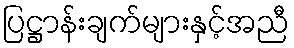
ပြဋ္ဌာန်းချက်များနှင့်အညီ